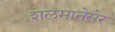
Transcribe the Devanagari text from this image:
शलमानेसेर